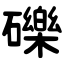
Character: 礫